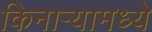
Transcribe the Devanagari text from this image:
किनाऱ्यामध्ये